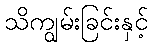
သိကျွမ်းခြင်းနှင့်